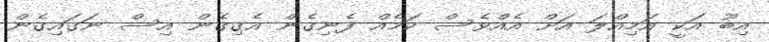
އިބޫ އަކީ އަމިއްލަ އަށް އެއްވެސް ކަމެއް ފެނިގެން އެގިގެން އިސް ނަގައިގެން